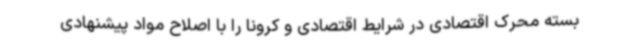
بسته محرک اقتصادی در شرایط اقتصادی و کرونا را با اصلاح مواد پیشنهادی